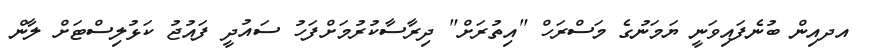
އދއިން ބުނެފައިވަނީ ޔަމަނުގެ މަސްރަހް "އިތުރަށް" ދިރާސާކުރުމަށްފަހު ސައުދީ ފައުޖު ކަޅުލިސްޓަށް ލާން